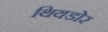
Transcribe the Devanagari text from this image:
थियडोर